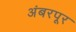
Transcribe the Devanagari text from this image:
अंबरपूर